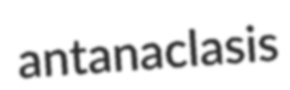
antanaclasis